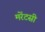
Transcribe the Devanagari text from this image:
मरेंटसी